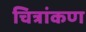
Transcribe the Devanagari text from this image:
चित्रांकण